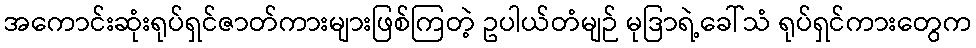
အကောင်းဆုံးရုပ်ရှင်ဇာတ်ကားများဖြစ်ကြတဲ့ ဥပါယ်တံမျဉ် မုဒြာရဲ့ခေါ်သံ ရုပ်ရှင်ကားတွေက